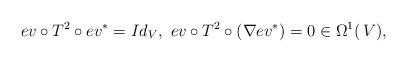
LaTeX: \begin{align*}ev \circ T^2 \circ ev^{\ast}=Id_V, \,\, ev \circ T^2 \circ \left(\nabla ev^{\ast}\right)=0 \in \Omega^1(\,V), \end{align*}